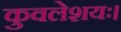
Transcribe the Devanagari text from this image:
कुवलेशयः।